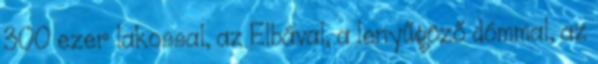
300 ezer lakossal, az Elbával, a lenyűgöző dómmal, az